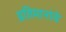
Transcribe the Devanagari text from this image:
प्रतिमानांचे